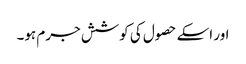
اور اسکے حصول کی کوشش جرم ہو۔